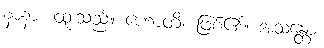
နာနာ၊ ထူးသည်။ ဟောတိ၊ ဖြစ်၏။ အသန္တော၊